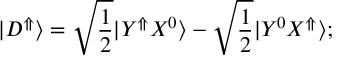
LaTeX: | D ^ { \Uparrow } \rangle = \sqrt { \frac { 1 } { 2 } } | Y ^ { \Uparrow } X ^ { 0 } \rangle - \sqrt { \frac { 1 } { 2 } } | Y ^ { 0 } X ^ { \Uparrow } \rangle ;